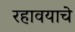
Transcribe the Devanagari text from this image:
रहावयाचे